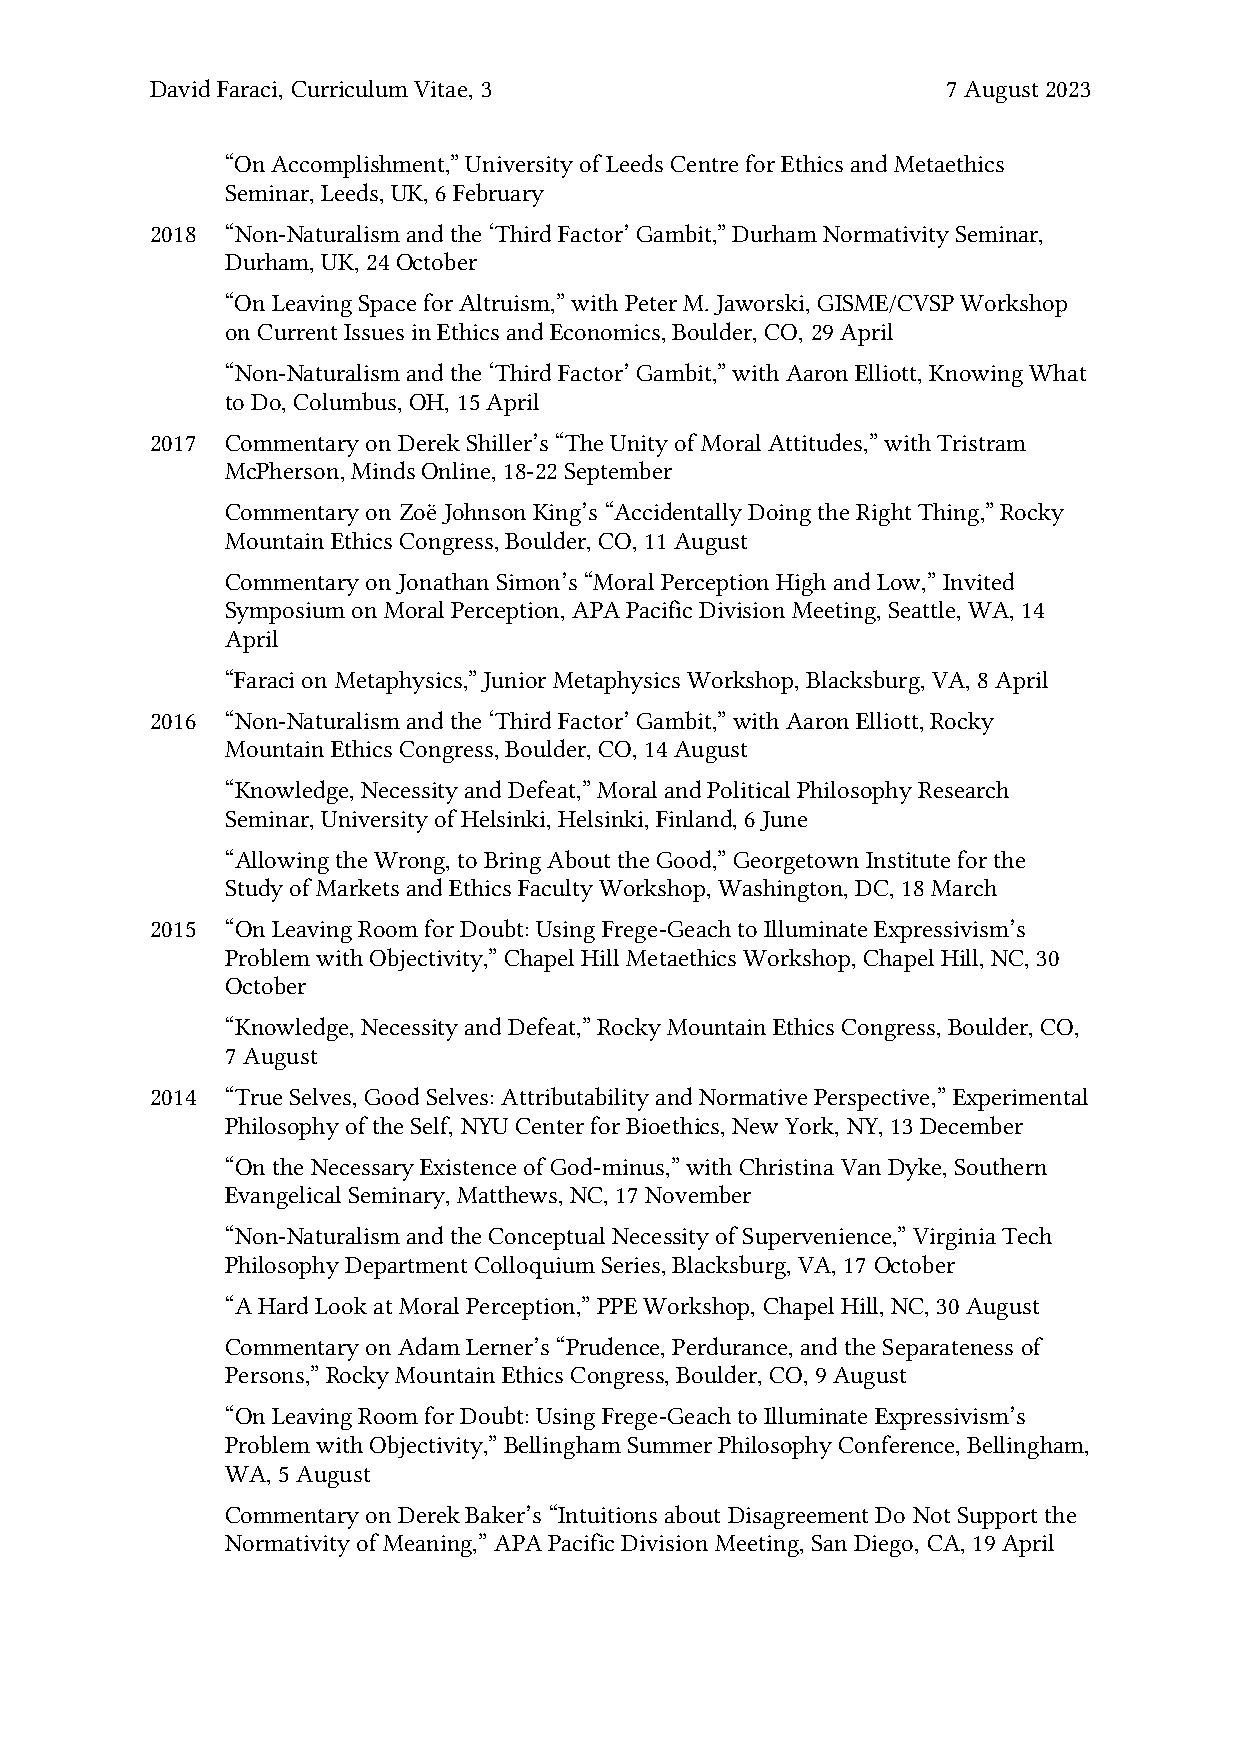
David Faraci, Curriculum Vitae, 3                    7 August 2023
 “On Accomplishment,” University of Leeds Centre for Ethics and Metaethics
 Seminar, Leeds, UK, 6 February
 2018 “Non-Naturalism and the ‘Third Factor’ Gambit,” Durham Normativity Seminar,
 Durham, UK, 24 October
 “On Leaving Space for Altruism,” with Peter M. Jaworski, GISME/CVSP Workshop
 on Current Issues in Ethics and Economics, Boulder, CO, 29 April
 “Non-Naturalism and the ‘Third Factor’ Gambit,” with Aaron Elliott, Knowing What
 to Do, Columbus, OH, 15 April
 2017 Commentary on Derek Shiller’s “The Unity of Moral Attitudes,” with Tristram
 McPherson, Minds Online, 18-22 September
 Commentary on Zoë Johnson King’s “Accidentally Doing the Right Thing,” Rocky
 Mountain Ethics Congress, Boulder, CO, 11 August
 Commentary on Jonathan Simon’s “Moral Perception High and Low,” Invited
 Symposium on Moral Perception, APA Pacific Division Meeting, Seattle, WA, 14
 April
 “Faraci on Metaphysics,” Junior Metaphysics Workshop, Blacksburg, VA, 8 April
 2016 “Non-Naturalism and the ‘Third Factor’ Gambit,” with Aaron Elliott, Rocky
 Mountain Ethics Congress, Boulder, CO, 14 August
 “Knowledge, Necessity and Defeat,” Moral and Political Philosophy Research
 Seminar, University of Helsinki, Helsinki, Finland, 6 June
 “Allowing the Wrong, to Bring About the Good,” Georgetown Institute for the
 Study of Markets and Ethics Faculty Workshop, Washington, DC, 18 March
 2015 “On Leaving Room for Doubt: Using Frege-Geach to Illuminate Expressivism’s
 Problem with Objectivity,” Chapel Hill Metaethics Workshop, Chapel Hill, NC, 30
 October
 “Knowledge, Necessity and Defeat,” Rocky Mountain Ethics Congress, Boulder, CO,
 7 August
 2014 “True Selves, Good Selves: Attributability and Normative Perspective,” Experimental
 Philosophy of the Self, NYU Center for Bioethics, New York, NY, 13 December
 “On the Necessary Existence of God-minus,” with Christina Van Dyke, Southern
 Evangelical Seminary, Matthews, NC, 17 November
 “Non-Naturalism and the Conceptual Necessity of Supervenience,” Virginia Tech
 Philosophy Department Colloquium Series, Blacksburg, VA, 17 October
 “A Hard Look at Moral Perception,” PPE Workshop, Chapel Hill, NC, 30 August
 Commentary on Adam Lerner’s “Prudence, Perdurance, and the Separateness of
 Persons,” Rocky Mountain Ethics Congress, Boulder, CO, 9 August
 “On Leaving Room for Doubt: Using Frege-Geach to Illuminate Expressivism’s
 Problem with Objectivity,” Bellingham Summer Philosophy Conference, Bellingham,
 WA, 5 August
 Commentary on Derek Baker’s “Intuitions about Disagreement Do Not Support the
 Normativity of Meaning,” APA Pacific Division Meeting, San Diego, CA, 19 April